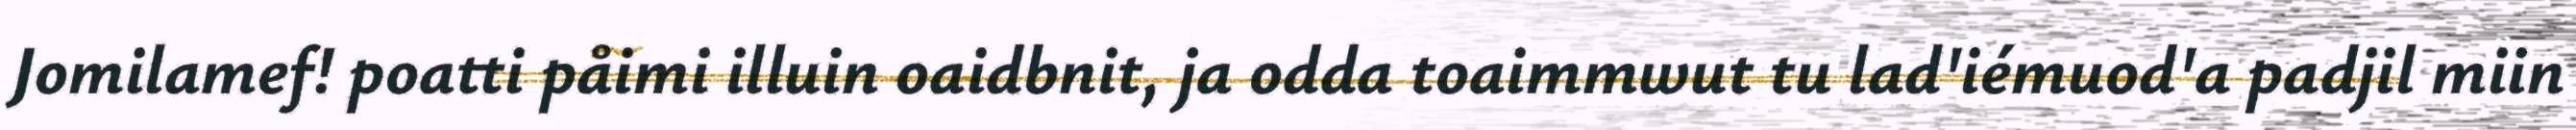
Jomilamef! poatti påimi illuin oaidbnit, ja odda toaimmwut tu lad'iémuod'a padjil miin